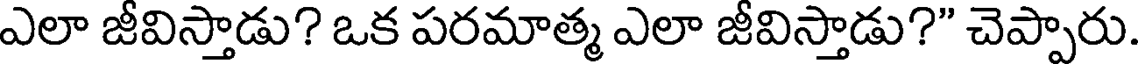
ఎలా జీవిస్తాడు? ఒక పరమాత్మ ఎలా జీవిస్తాడు?" చెప్పారు.